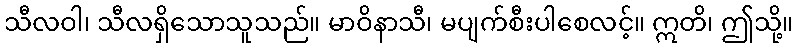
သီလဝါ၊ သီလရှိသောသူသည်။ မာဝိနာသီ၊ မပျက်စီးပါစေလင့်။ ဣတိ၊ ဤသို့။